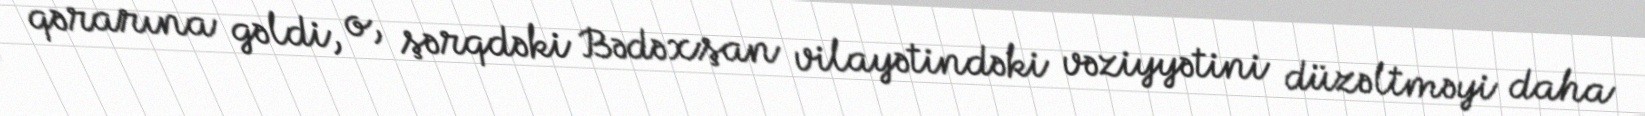
qərarına gəldi, o, şərqdəki Bədəxşan vilayətindəki vəziyyətini düzəltməyi daha